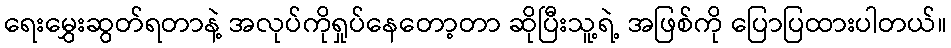
ရေးမွှေးဆွတ်ရတာနဲ့ အလုပ်ကိုရှုပ်နေတော့တာ ဆိုပြီးသူ့ရဲ့ အဖြစ်ကို ပြောပြထားပါတယ်။